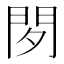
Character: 𰿚